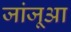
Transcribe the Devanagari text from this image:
जांजूआ